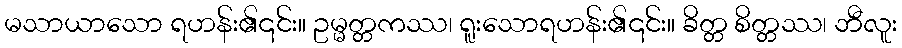
မသာယာသော ရဟန်း၏၎င်း။ ဥမ္မတ္တကဿ၊ ရူးသောရဟန်း၏၎င်း။ ခိတ္တ စိတ္တဿ၊ ဘီလူး